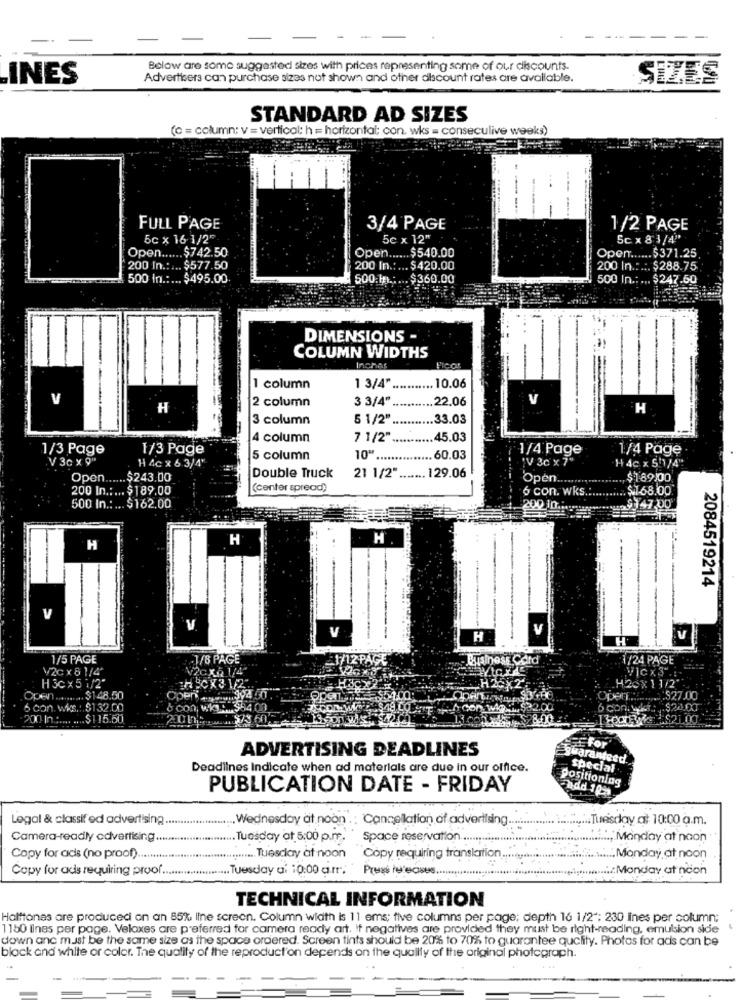
Below are some suggested sizes with prices representing some of our discounts.
INES
Advertisers can purchase sizes not shown and other discount rates are available.
SIZES
STANDARD AD SIZES
(c = column: v = vertical; h = horizontal; con. wks = conseculive weeks)
FULL PAGE
3/4 PAGE
1/2 PAGE
5cx 16 1/2"
5c x 12"
5cx 83/4"
Open ...... $742.50
Open ...... $540.00
Open ...... $ 371.25
200 In .:... $577.50
200 In .: ... $420.00
200 In .:.:. $288.75
500 In .:... $495.00
500.m .: ... $360.00
500 In .: ... $247.50
DIMENSIONS -
COLUMN WIDTHS
Inches
1 column
1 3/4" ........... 10.06
2 column
3 3/4"
22.06
V
H
3 column
5 1/2"
33.03
4 column
7 1/2"
........... 45.03
1/3 Page
1/3 Page
1/4 Page
1/4 Page
V 3cx Q"
1 4c x 6 3/4"
5 column
10" ......
.. 60.03
:V 3c x 7"
H 4c x 501/4"
..... 129.06
Open ...... $243.00
Double Truck
21 1/2"
Open.
$189/00
200 In .:... $ 189.00
(center spread)
6 con. wks ...
. $1.68.00
500 In .: ... $162.00
200 10 ...;***!!
$147,00
H
H
H
2084519214
V
V
V
1/5 PAGE
1/8 F
AGE
1/24 PAGE
V2C x 8 1/4
Vicx3.
H 3c × 5 1/2"
.H20x 11/2"
Open .........
$148.50
Open .........
:$27.00
6 con. Wks .:. $132.00
COPIE : $24.00
200 In .:.... .... $115.50
2.$21.00
ADVERTISING DEADLINES
BEFor
Eguaranteed
Deadlines Indicate when ad materials are due in our office.
special
Positioning
PUBLICATION DATE - FRIDAY
add 100
Legal & classif ed advertising
. Wednesday at noon . : Cancellation of advertising
... Tuesday at 10:00 a.m.
Camera-readly advertising ...
.. Tuesday at 5:00 p.m. " Space reservation .....................
..., Manday at noon
Copy for ads (no proof) ...........
........ Tuesclary at noon
Copy requiring translation ...
Monday at noon
Copy for ads requiring proof ...
.. Tuesday a: 10:00 a.mr;
Press tulecises ..
.www .... Monday at ncon
TECHNICAL INFORMATION
Halftonas are produceci on an 85% line screen. Column width is 11 ems; five columns per page; depth 16 1/2"; 230 Ines per column;
1150 lines per page. Veloxes are preferred for camera ready art. If negatives are provided they must be right-reading, emulsion side
down anc must be the same size as the space ordered. Screen tints should be 20% to 70% to guarantee quality. Photos for ads can be
black and white or color. The quality of the reproduct'on depends on the quality of the original photograph.